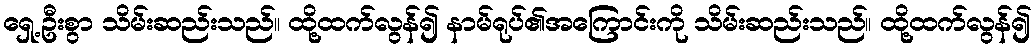
ရှေ့ဦးစွာ သိမ်းဆည်းသည်။ ထို့ထက်လွန်၍ နာမ်ရုပ်၏အကြောင်းကို သိမ်းဆည်းသည်။ ထို့ထက်လွန်၍